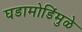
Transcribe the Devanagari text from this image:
घडामोडिंमुळे